Report on inoculation in the plague infected areas of the Punjab and its dependencies from October 1900 to September 1901
Year: 1900
Disease focus: Plague
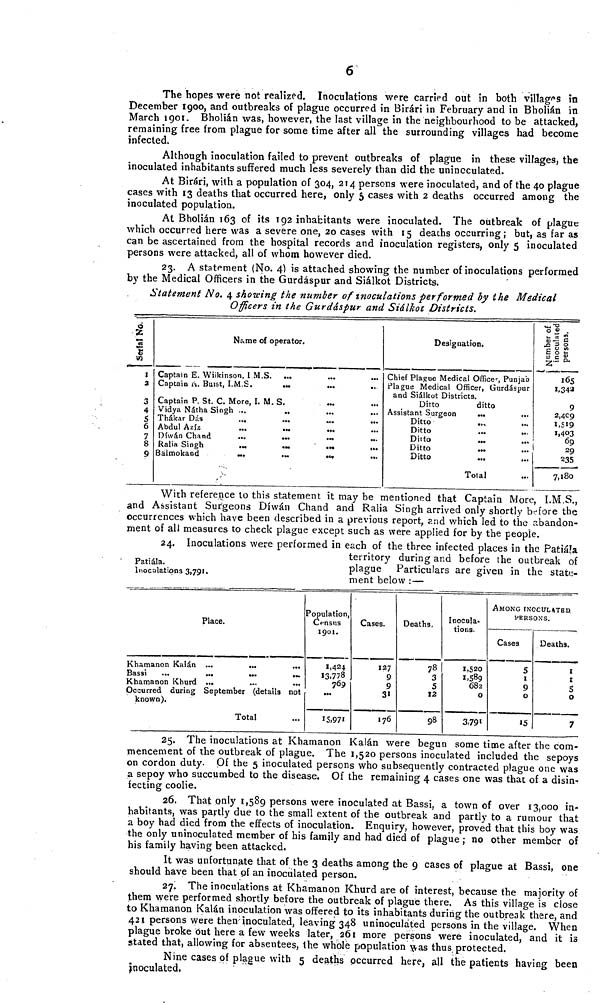
6
The hopes were not realized. Inoculations were carried out in both villages in
December 1900, and outbreaks of plague occurred in Birári in February and in Bholián in
March 1901. Bholián was, however, the last village in the neighbourhood to be attacked,
remaining free from plague for some time after all the surrounding villages had become
infected.
Although inoculation failed to prevent outbreaks of plague in these villages, the
inoculated inhabitants suffered much less severely than did the uninoculated.
At Birári, with a population of 304, 214 persons were inoculated, and of the 40 plague
cases with 13 deaths that occurred here, only 5 cases with 2 deaths occurred among the
inoculated population.
At Bholián 163 of its 192 inhabitants were inoculated. The outbreak of plague
which occurred here was a severe one, 20 cases with 15 deaths occurring; but, as far as
can be ascertained from the hospital records and inoculation registers, only 5 inoculated
persons were attacked, all of whom however died.
23. A statement (No. 4) is attached showing the number of inoculations performed
by the Medical Officers in the Gurdáspur and Siálkot Districts.
Statement No. 4 showing the number of inoculations per formed by the Medical
Officers in the Gurdáspur and Siálkot Districts.
Serial No.
1
2
3
4
5
6
7
8
9
Name of operator.
Captain E. Wilkinson, I M.S.
Captain A. Burst, I.M S.
...
...
Captain P. St. C. More, I. M. S.
Vidya Nátha Singh ..
Thákar Dás
Abdul Azíz
..
..
...
Díwán Chand
..
..
...
Ralia Singh
. . . . . . .
Bálmokand
...
Designation.
Chief Plague Medical Officer, Punjab
Plague Medical Officer, Gurdáspur
and Siálkot Districts.
Ditto
ditto
Assistant Surgeon
...
Ditto
Ditto
Ditto
Ditto
Ditto
Total
Number of
inoculated persons.
1,342
9
2,409
1,519
1,403
69
29
235
7,180
With reference to this statement it may be mentioned that Captain More, I.M.S.,
and Assistant Surgeons Díwán Chand and Ralia Singh arrived only shortly before the
occurrences which have been described in a previous report, and which led to the abandon-
ment of all measures to check plague except such as were applied for by the people.
Patiála.
Inocalations 3,791.
24. Inoculations were performed in each of the three infected places in the Patiála
territory during and before the outbreak of
plague Particulars are given in the state-
ment below :—
Place.
Khamanon Kalán ...
...
...
Bassi
...
...
Khamanon Khurd ...
...
...
Occurred during September (details not
known).
Total
Population,
Census
1901.
1,424
13,778
769
15,971
Cases.
127
9
9
31
176
Deaths.
78
3
5
12
98
Inocula-
tions.
1,520
1,589
682
0
3,791
AMONG INOCULATED
PERSONS.
Cases
5
1
9
0
15
Deaths.
I
I
5
0
7
25. The inoculations at Khamanon Kalán were begun some time after the com-
mencement of the outbreak of plague. The 1,520 persons inoculated included the sepoys
on cordon duty. Of the 5 inoculated persons who subsequently contracted plague one was
a sepoy who succumbed to the disease. Of the remaining 4 cases one was that of a disin-
fecting coolie.
26. That only 1,589 persons were inoculated at Bassi, a town of over 13,000 in-
habitants, was partly due to the small extent of the outbreak and partly to a rumour that
a boy had died from the effects of inoculation. Enquiry, however, proved that this boy was
the only uninoculated member of his family and had died of plague ; no other member of
his family having been attacked.
It was unfortunate that of the 3 deaths among the 9 cases of plague at Bassi, one
should have been that of an inoculated person.
27. The inoculations at Khamanon Khurd are of interest, because the majority of
them were performed shortly before the outbreak of plague there. As this village is close
to Khamanon Kalán inoculation was offered to its inhabitants during the outbreak there, and
421 persons were then-inoculated, leaving 348 uninoculated persons in the village. When
plague broke Out here a few weeks later, 261 more persons were inoculated, and it is
stated that, allowing for absentees, the whole population was thus protected.
Nine cases of plague with 5 deaths occurred here, all the patients having been
inoculated.